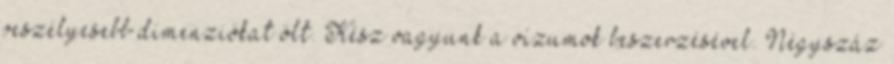
veszélyesebb dimenziókat ölt. Kész vagyunk a vízumok beszerzésével. Négyszáz